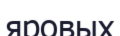
яровых